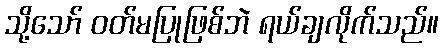
သို့သော် ဝတ်မပြုဖြစ်ဘဲ ရယ်ချလိုက်သည်။